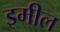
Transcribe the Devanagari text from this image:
इमील